Riigikantselei, lk 13
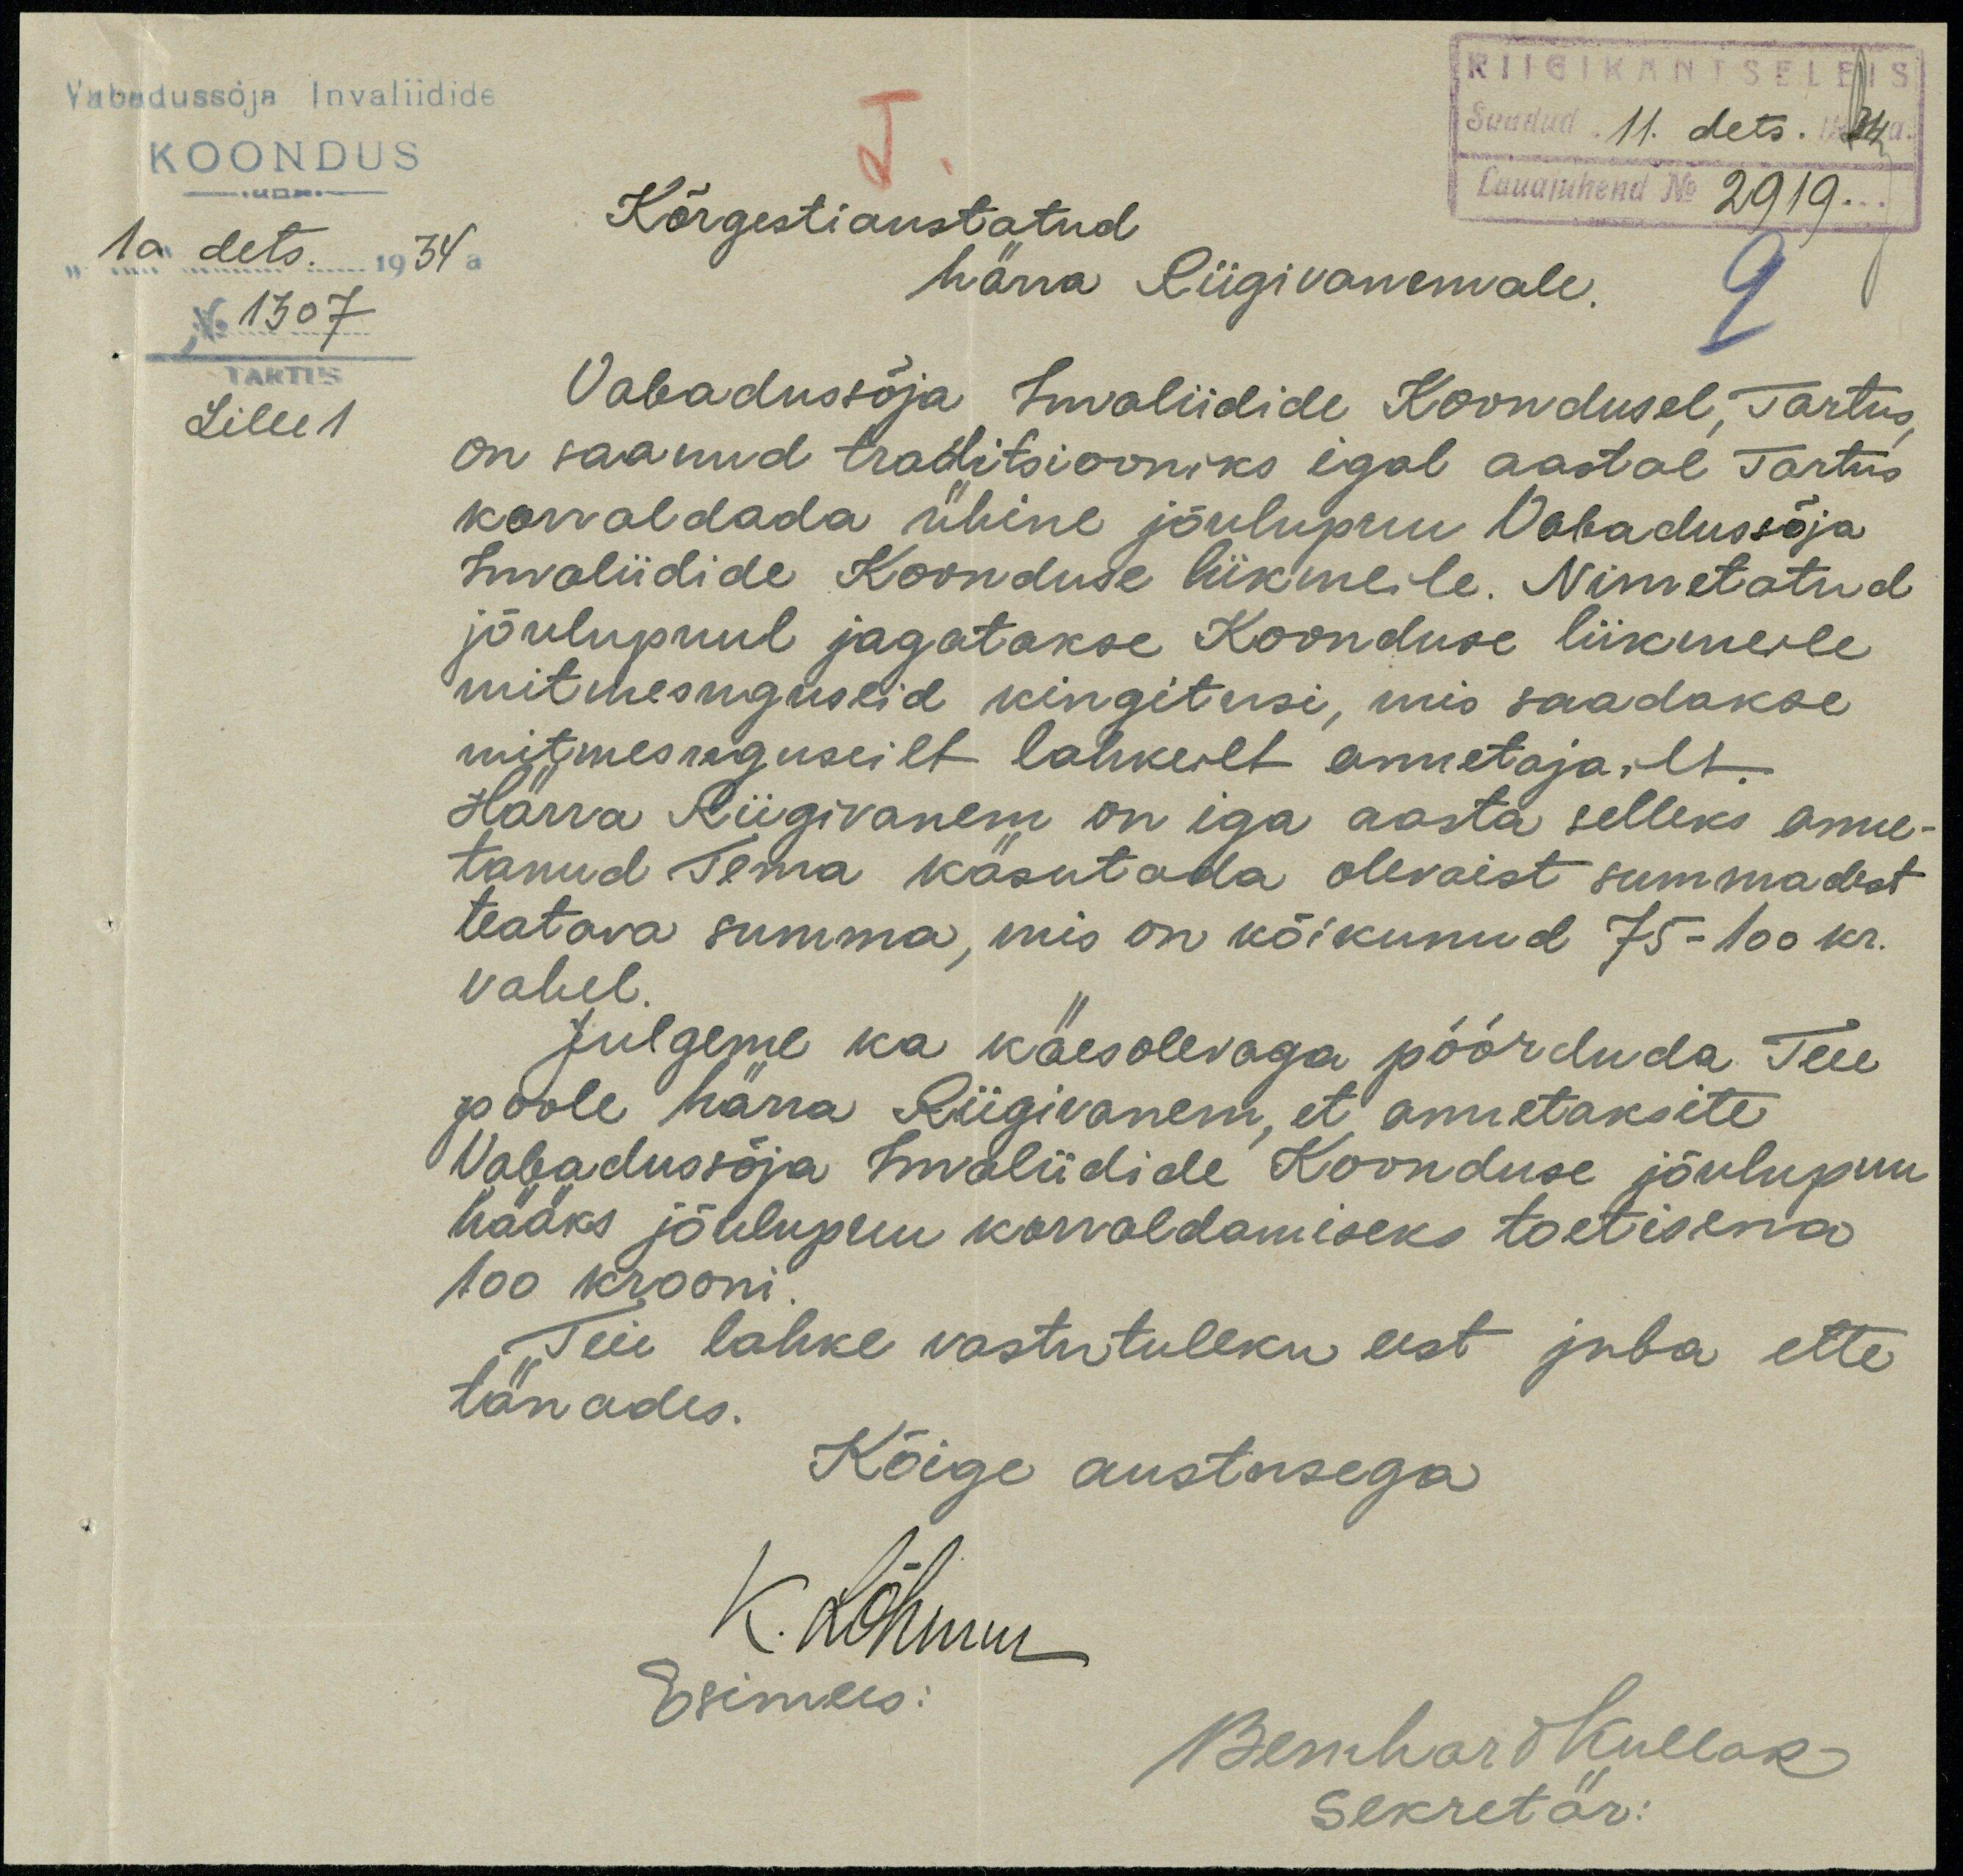
Vabadussõja invaliidide
KOONDUS
RIIGIKANTSELEIS
Saadud 11. dets. 1934a.
Lauajuhend No 2919
10 dets. 1934 a
No 1307
TARTUS
Lille 1
Kõrgestiaustatud
härra Riigivanemale
Vabadussõja Invaliidide Koondusel, Tartus
on saanud traditsiooniks igal aastal Tartus
korraldada ühine jõulupuu Vabadussõja
Invaliidide Koonduse liikmeile. Nimetatud
jõulupuul jagatakse Koonduse liikmeile
mitmesuguseid kingitusi, mis saadakse
mitmesuguseilt lahkeilt annetajailt.
Härra Riigivanem on iga aasta selleks anne-
tanud Tema käsutada olevaist summadest
teatava summa, mis on kõikunud 75-100 kr.
vahel.
Julgeme ka käesolevaga pöörduda Teie
poole härra Riigivanem, et annetaksite
Vabadussõja Invaliidide Koonduse jõulupuu
hääks jõulupuu korraldamiseks toetisena
100 krooni
Teie lahke vastutuleku eest juba ette
tänades.
Kõige austusega
K. Lõhmus
Esimees:
Bernhard Kullak
Sekretär